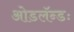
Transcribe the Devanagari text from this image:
ओडलॅन्डः